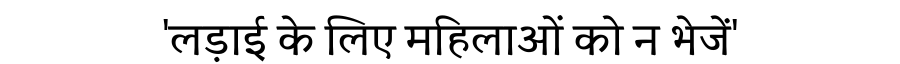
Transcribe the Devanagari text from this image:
'लड़ाई के लिए महिलाओं को न भेजें'